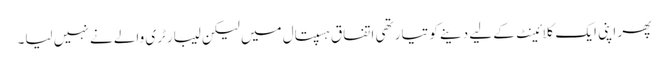
پھر اپنی ایک کلائینٹ کے لیے دینے کو تیار تھی اتفاق ہسپتال میں لیکن لیبارٹری والے نے نہیں لیا۔